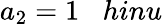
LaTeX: a_{2}=1\; \; \; hinu